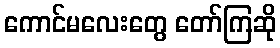
ကောင်မလေးတွေ တော်ကြဆို